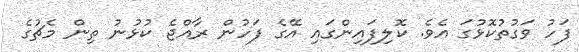
ފަހު ވަގުތުކޮޅުގަ އެވެ. ކޮލިފައިންގައި އޭގެ ފަހުން ރާއްޖެ ކުޅުނު ތިން މެޗުގެ